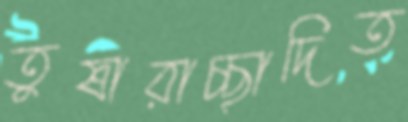
তুষারাচ্ছাদিত